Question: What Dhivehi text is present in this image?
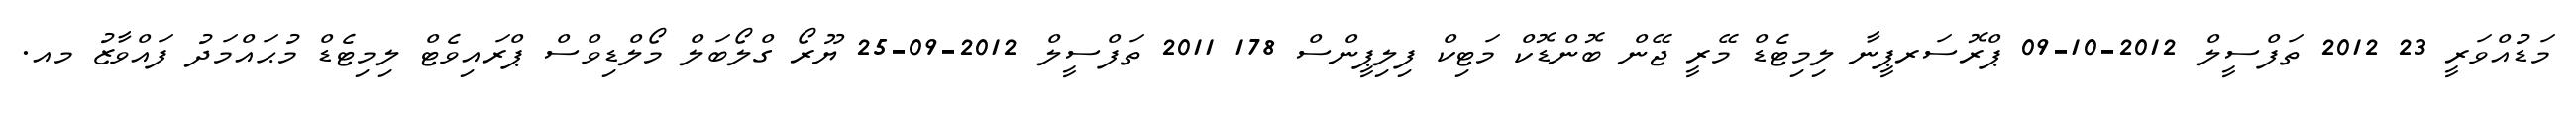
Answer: މަޑުއްވަރީ 23 2012 ތަފްސީލް 2012-10-09 ޕްރޮސަރޕީނާ ލިމިޓެޑް މޭރީ ޖޭން ބޮންޑޮކް މަޓިކް ފިލިޕީންސް 178 2011 ތަފްސީލް 2012-09-25 ޔޫރޯ ގްލޯބަލް މޯލްޑިވްސް ޕްރައިވެޓް ލިމިޓެޑް މުޙައްމަދު ފައްވާޒު މއ.